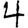
Digit: 4